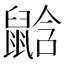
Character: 𪕛